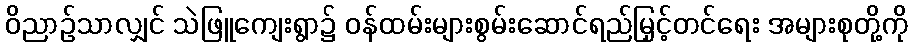
ဝိညာဉ်သာလျှင် သဲဖြူကျေးရွာ၌ ဝန်ထမ်းများစွမ်းဆောင်ရည်မြှင့်တင်ရေး အများစုတို့ကို